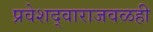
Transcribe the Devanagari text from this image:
प्रवेशद्वाराजवळही